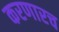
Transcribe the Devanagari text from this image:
करणारच